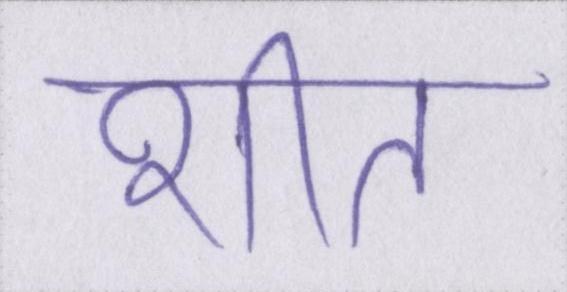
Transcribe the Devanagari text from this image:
शीत